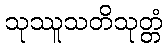
သုဿူသတိသုတ္တံ